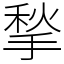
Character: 揫